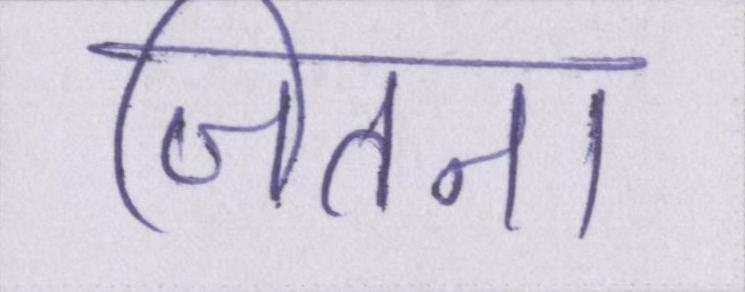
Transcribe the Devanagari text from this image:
जितना